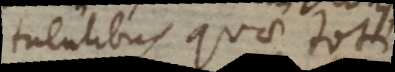
tuentibus quae toti